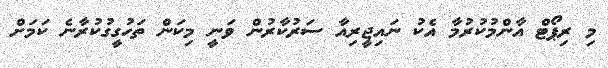
މި ރިޕޯޓް އާންމުކުރުމާ އެކު ނައިޖީރިއާ ސަރުކާރުން ވަނީ މިކަން ތަހުގީގުކުރާނެ ކަމަށް